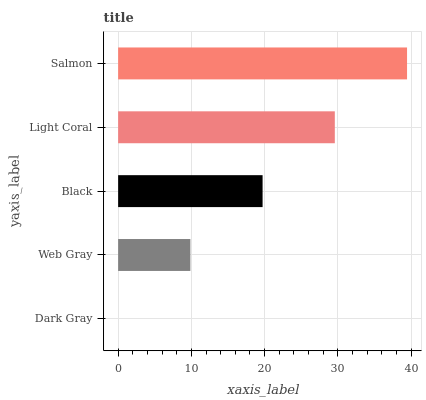
| yaxis_label | bars |
 | --- | --- |
 | Dark Gray | 0 |
 | Web Gray | 9.86 |
 | Black | 19.7 |
 | Light Coral | 29.6 |
 | Salmon | 39.4 |